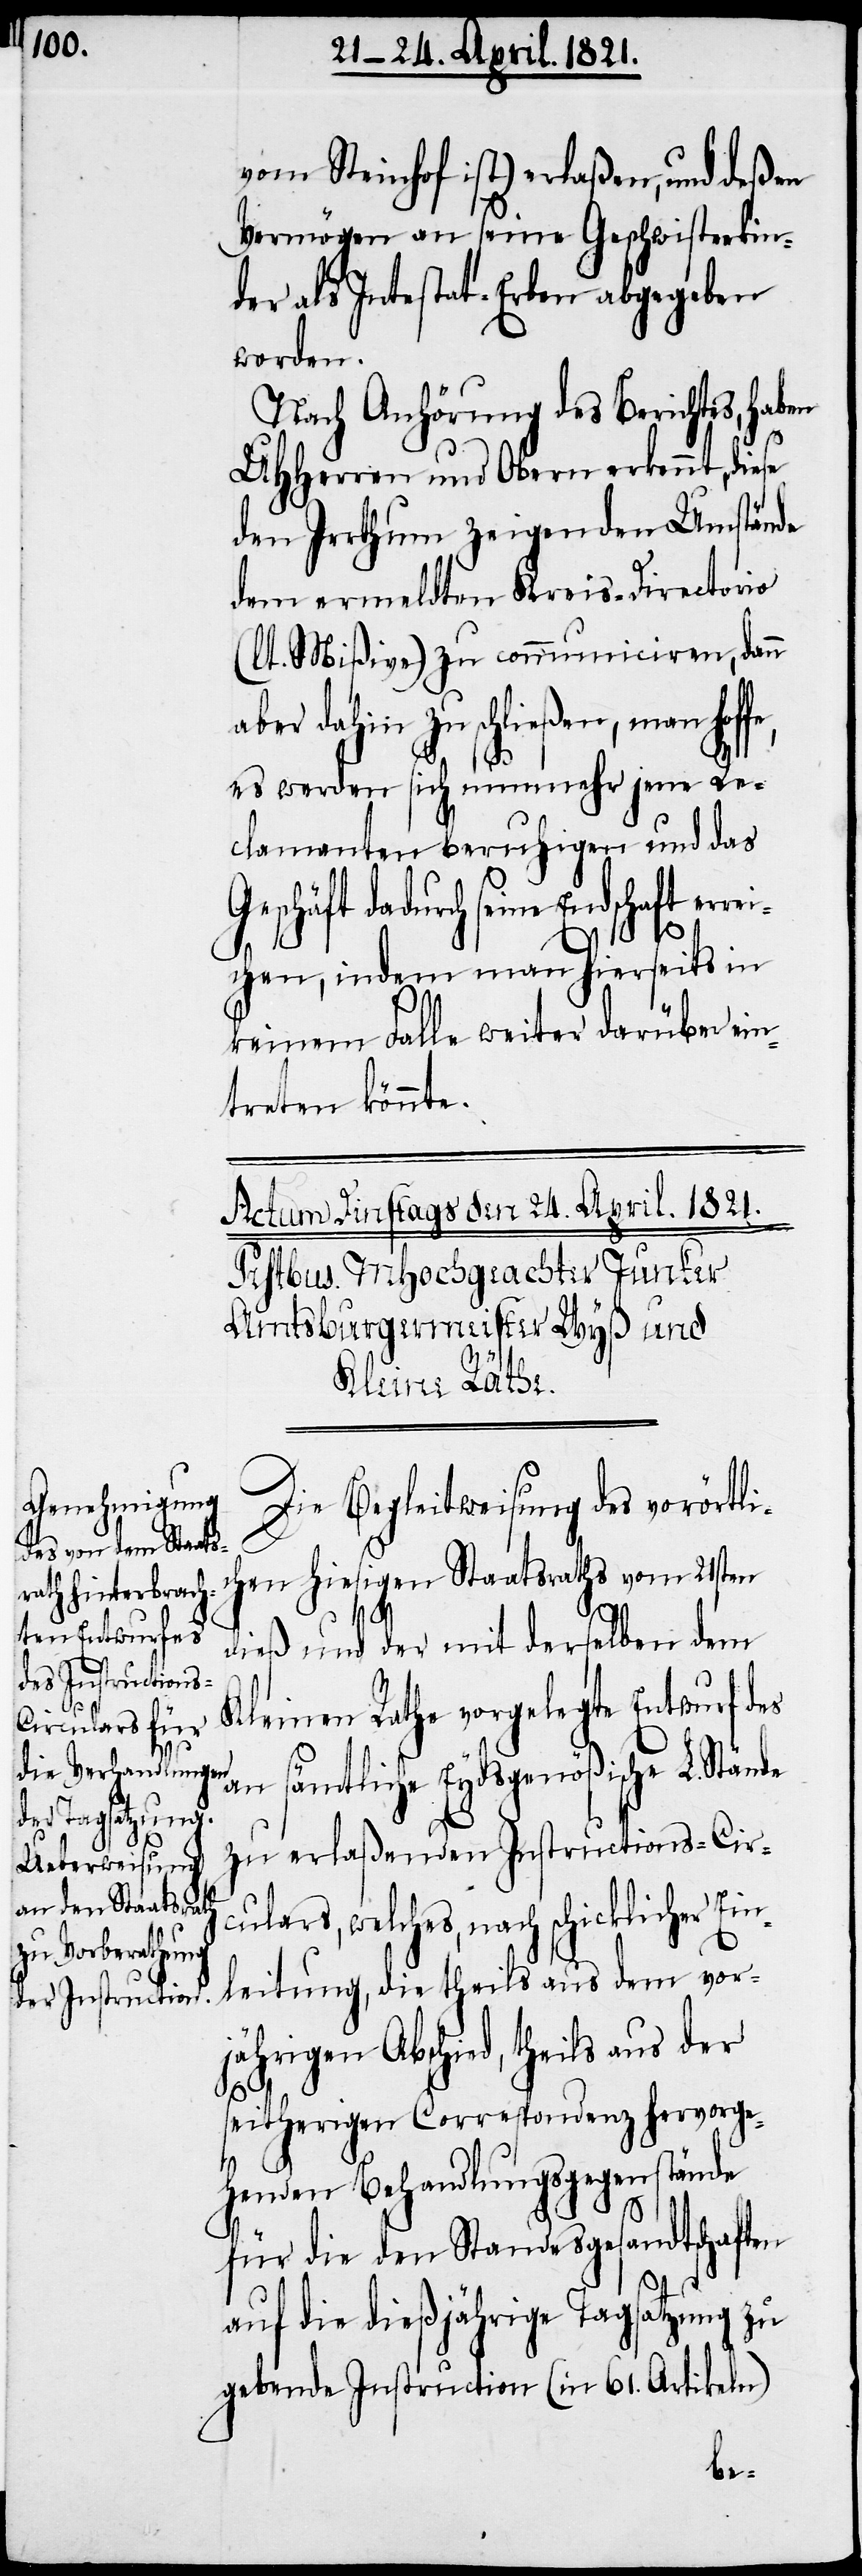
vom Steinhof ist) erlaßen, und deßen
Vermögen an seine Geschwisterkin¬
der als Intestat-Erben abgegeben
worden.
Nach Anhörung des Berichtes, haben
UHHerren und Obern erkennt, diese
den Irrthum zeigenden Umstände
dem ermeldten Kreis-Directorio
(lt. Mißive) zu communiciren, dann
aber dahin zu schließen, man hof¬
fe,
es werden sich nunmehr jene Re¬
clamanten beruhigen und das
errei¬
Geschäft dadurch seine
chen, indem man hierseits in
keinem Falle weiter darüber ein¬
treten könnte.